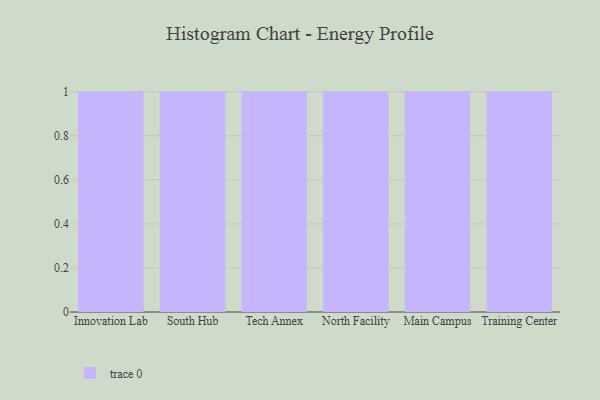
{"axis": {"x": "Campus", "y": "Population (Million)"}, "legend": [""], "data": [{"x": "Innovation Lab", "y": 3, "type": ""}, {"x": "South Hub", "y": 68, "type": ""}, {"x": "Tech Annex", "y": 26, "type": ""}, {"x": "North Facility", "y": 89, "type": ""}, {"x": "Main Campus", "y": 49, "type": ""}, {"x": "Training Center", "y": 70, "type": ""}]}